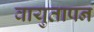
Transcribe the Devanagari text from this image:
वायुतापन